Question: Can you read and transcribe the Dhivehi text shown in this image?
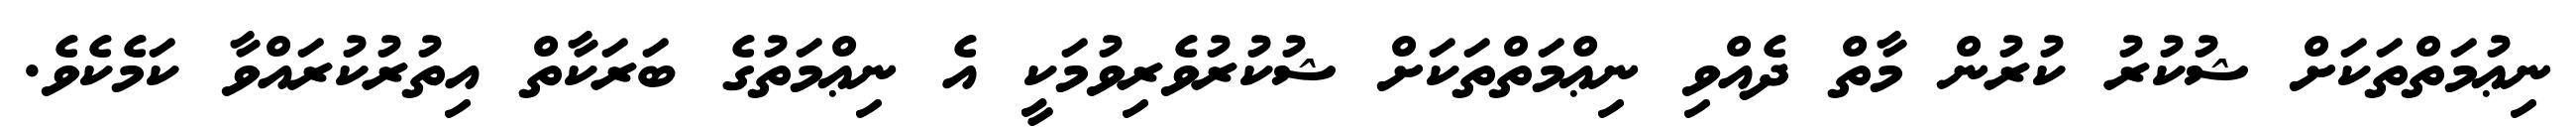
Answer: ނިޢުމަތްތަކަށް ޝުކުރު ކުރުން މާތް ދެއްވި ނިޢްމަތްތަކަށް ޝުކުރުވެރިވުމަކީ އެ ނިޢްމަތުގެ ބަރަކާތް އިތުރުކުރައްވާ ކަމެކެވެ.